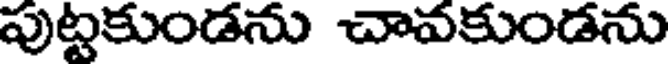
పుట్టకుండను చావకుండను